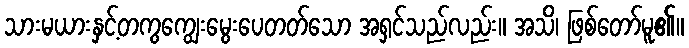
သားမယားနှင့်တကွကျွေးမွေးပေတတ်သော အရှင်သည်လည်း။ အသိ၊ ဖြစ်တော်မူ၏။